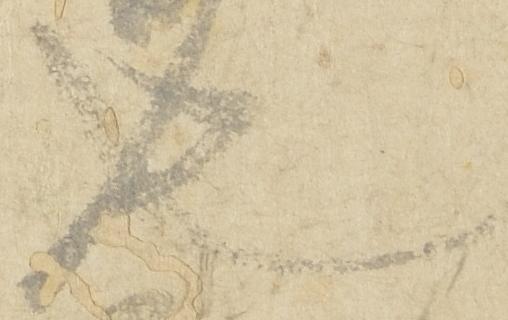
也